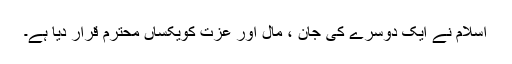
اسلام نے ایک دوسرے کی جان ، مال اور عزت کویکساں محترم قرار دیا ہے۔